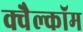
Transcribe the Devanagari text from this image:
क्वैल्कॉम